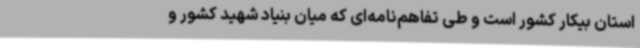
استان بیکار کشور است و طی تفاهم‌نامه‌ای که میان بنیاد شهید کشور و